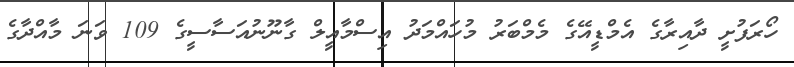
ހޯރަފުށީ ދާއިރާގެ އެމްޑީއޭގެ މެމްބަރު މުހައްމަދު އިސްމާއީލް ގާނޫނުއަސާސީގެ 109 ވަނަ މާއްދާގެ